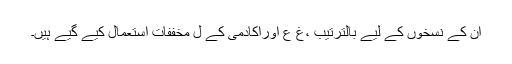
ان کے نسخوں کے لیے بالترتیب ،غ ع اوراکادمی کے ل مخففات استعمال کیے گیے ہیں۔